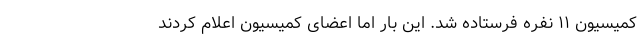
کمیسیون ۱۱ نفره فرستاده شد. این بار اما اعضای کمیسیون اعلام کردند